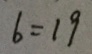
6 = 1 9